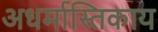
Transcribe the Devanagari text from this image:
अधर्मास्तिकाय